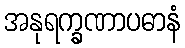
အနုရက္ခဏာပဓာနံ